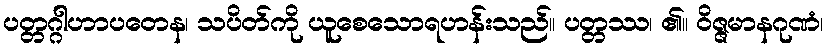
ပတ္တဂ္ဂါဟာပတေန၊ သပိတ်ကို ယူစေသောရဟန်းသည်။ ပတ္တဿ၊ ၏။ ဝိဇ္ဇမာနဂုဏံ၊